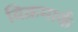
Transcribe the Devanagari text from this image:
विक्रमार्क